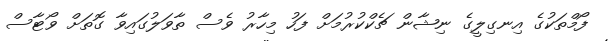
ފޯމްތަކުގެ އިނގިލީގެ ނިޝާން ޗެކްކުރުމަށް ފަހު މިހާރު ވެސް ތާވަލުގައިވާ ގޮތަށް ވޯޓާސް